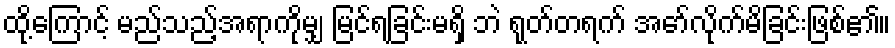
ထို့ကြောင့် မည်သည့်အရာကိုမျှ မြင်ရခြင်းမရှိ ဘဲ ရုတ်တရက် အော်လိုက်မိခြင်းဖြစ်၏။